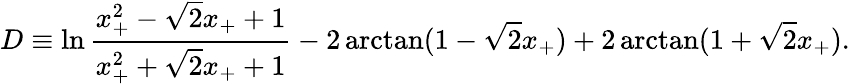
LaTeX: D\equiv\ln\frac{x_{+}^{2}-\sqrt{2}x_{+}+1}{x_{+}^{2}+\sqrt{2}x_{+}+1}-2\arctan(1-\sqrt{2}x_{+})+2\arctan(1+\sqrt{2}x_{+}).